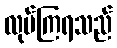
လုပ်ကြရသည်